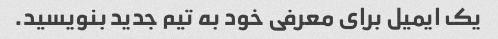
یک ایمیل برای معرفی خود به تیم جدید بنویسید.